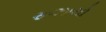
રૂઝાયો